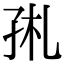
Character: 𡥑